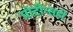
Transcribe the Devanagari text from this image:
प्रोटीन्सही